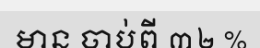
មាន ចាប់ពី ៣២ %